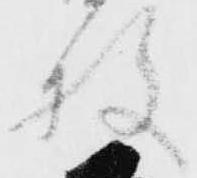
枚